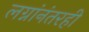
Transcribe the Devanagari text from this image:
लग्नांनंतरही